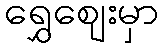
ရွှေဈေးမှာ